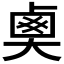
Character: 𡙏